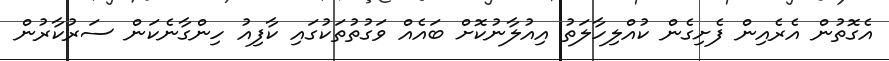
އެގޮތުން އެރެއިން ފެށިގެން ކުއްލިހާލަތު އިއުލާނުކޮށް ބައެއް ވަގުތުތަކުގައި ކާފިއު ހިންގާނެކަން ސަރުކާރުން